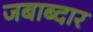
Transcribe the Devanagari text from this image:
जबाब्दार